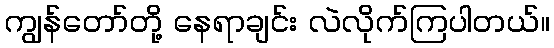
ကျွန်တော်တို့ နေရာချင်း လဲလိုက်ကြပါတယ်။